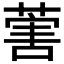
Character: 𦵯